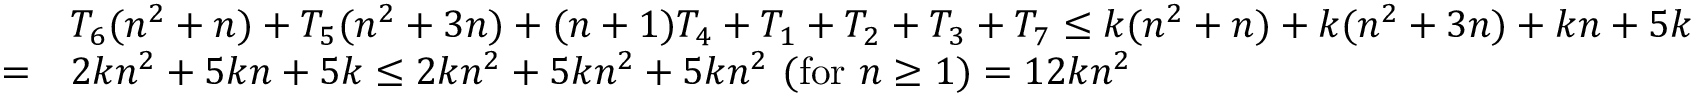
{ \begin{array} { r l } & { T _ { 6 } ( n ^ { 2 } + n ) + T _ { 5 } ( n ^ { 2 } + 3 n ) + ( n + 1 ) T _ { 4 } + T _ { 1 } + T _ { 2 } + T _ { 3 } + T _ { 7 } \leq k ( n ^ { 2 } + n ) + k ( n ^ { 2 } + 3 n ) + k n + 5 k } \\ { = } & { 2 k n ^ { 2 } + 5 k n + 5 k \leq 2 k n ^ { 2 } + 5 k n ^ { 2 } + 5 k n ^ { 2 } \ ( { \mathrm { f o r ~ } } n \geq 1 ) = 1 2 k n ^ { 2 } } \end{array} }